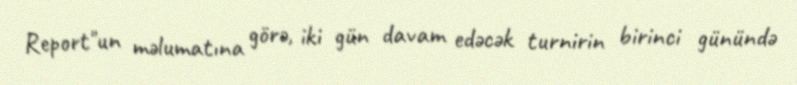
Report"un məlumatına görə, iki gün davam edəcək turnirin birinci günündə